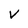
Character: V